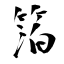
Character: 箔